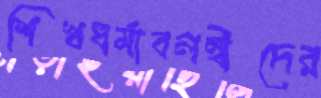
শিখধর্মাবলম্বীদের